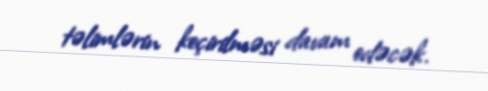
təlimlərin keçirilməsi davam edəcək.